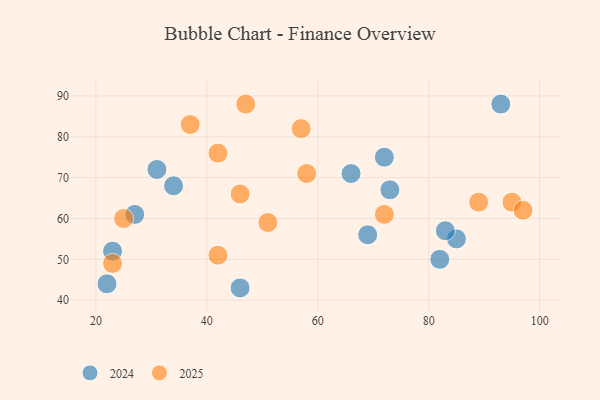
{"axis": {"x": "GDP", "y": "Life Expectancy"}, "legend": ["2024", "2025"], "data": [{"x": "85", "y": 55, "type": "2024"}, {"x": "72", "y": 75, "type": "2024"}, {"x": "73", "y": 67, "type": "2024"}, {"x": "46", "y": 43, "type": "2024"}, {"x": "82", "y": 50, "type": "2024"}, {"x": "22", "y": 44, "type": "2024"}, {"x": "66", "y": 71, "type": "2024"}, {"x": "23", "y": 52, "type": "2024"}, {"x": "31", "y": 72, "type": "2024"}, {"x": "93", "y": 88, "type": "2024"}, {"x": "83", "y": 57, "type": "2024"}, {"x": "34", "y": 68, "type": "2024"}, {"x": "27", "y": 61, "type": "2024"}, {"x": "69", "y": 56, "type": "2024"}, {"x": "89", "y": 64, "type": "2025"}, {"x": "46", "y": 66, "type": "2025"}, {"x": "72", "y": 61, "type": "2025"}, {"x": "47", "y": 88, "type": "2025"}, {"x": "37", "y": 83, "type": "2025"}, {"x": "95", "y": 64, "type": "2025"}, {"x": "51", "y": 59, "type": "2025"}, {"x": "42", "y": 76, "type": "2025"}, {"x": "23", "y": 49, "type": "2025"}, {"x": "97", "y": 62, "type": "2025"}, {"x": "25", "y": 60, "type": "2025"}, {"x": "42", "y": 51, "type": "2025"}, {"x": "57", "y": 82, "type": "2025"}, {"x": "58", "y": 71, "type": "2025"}]}